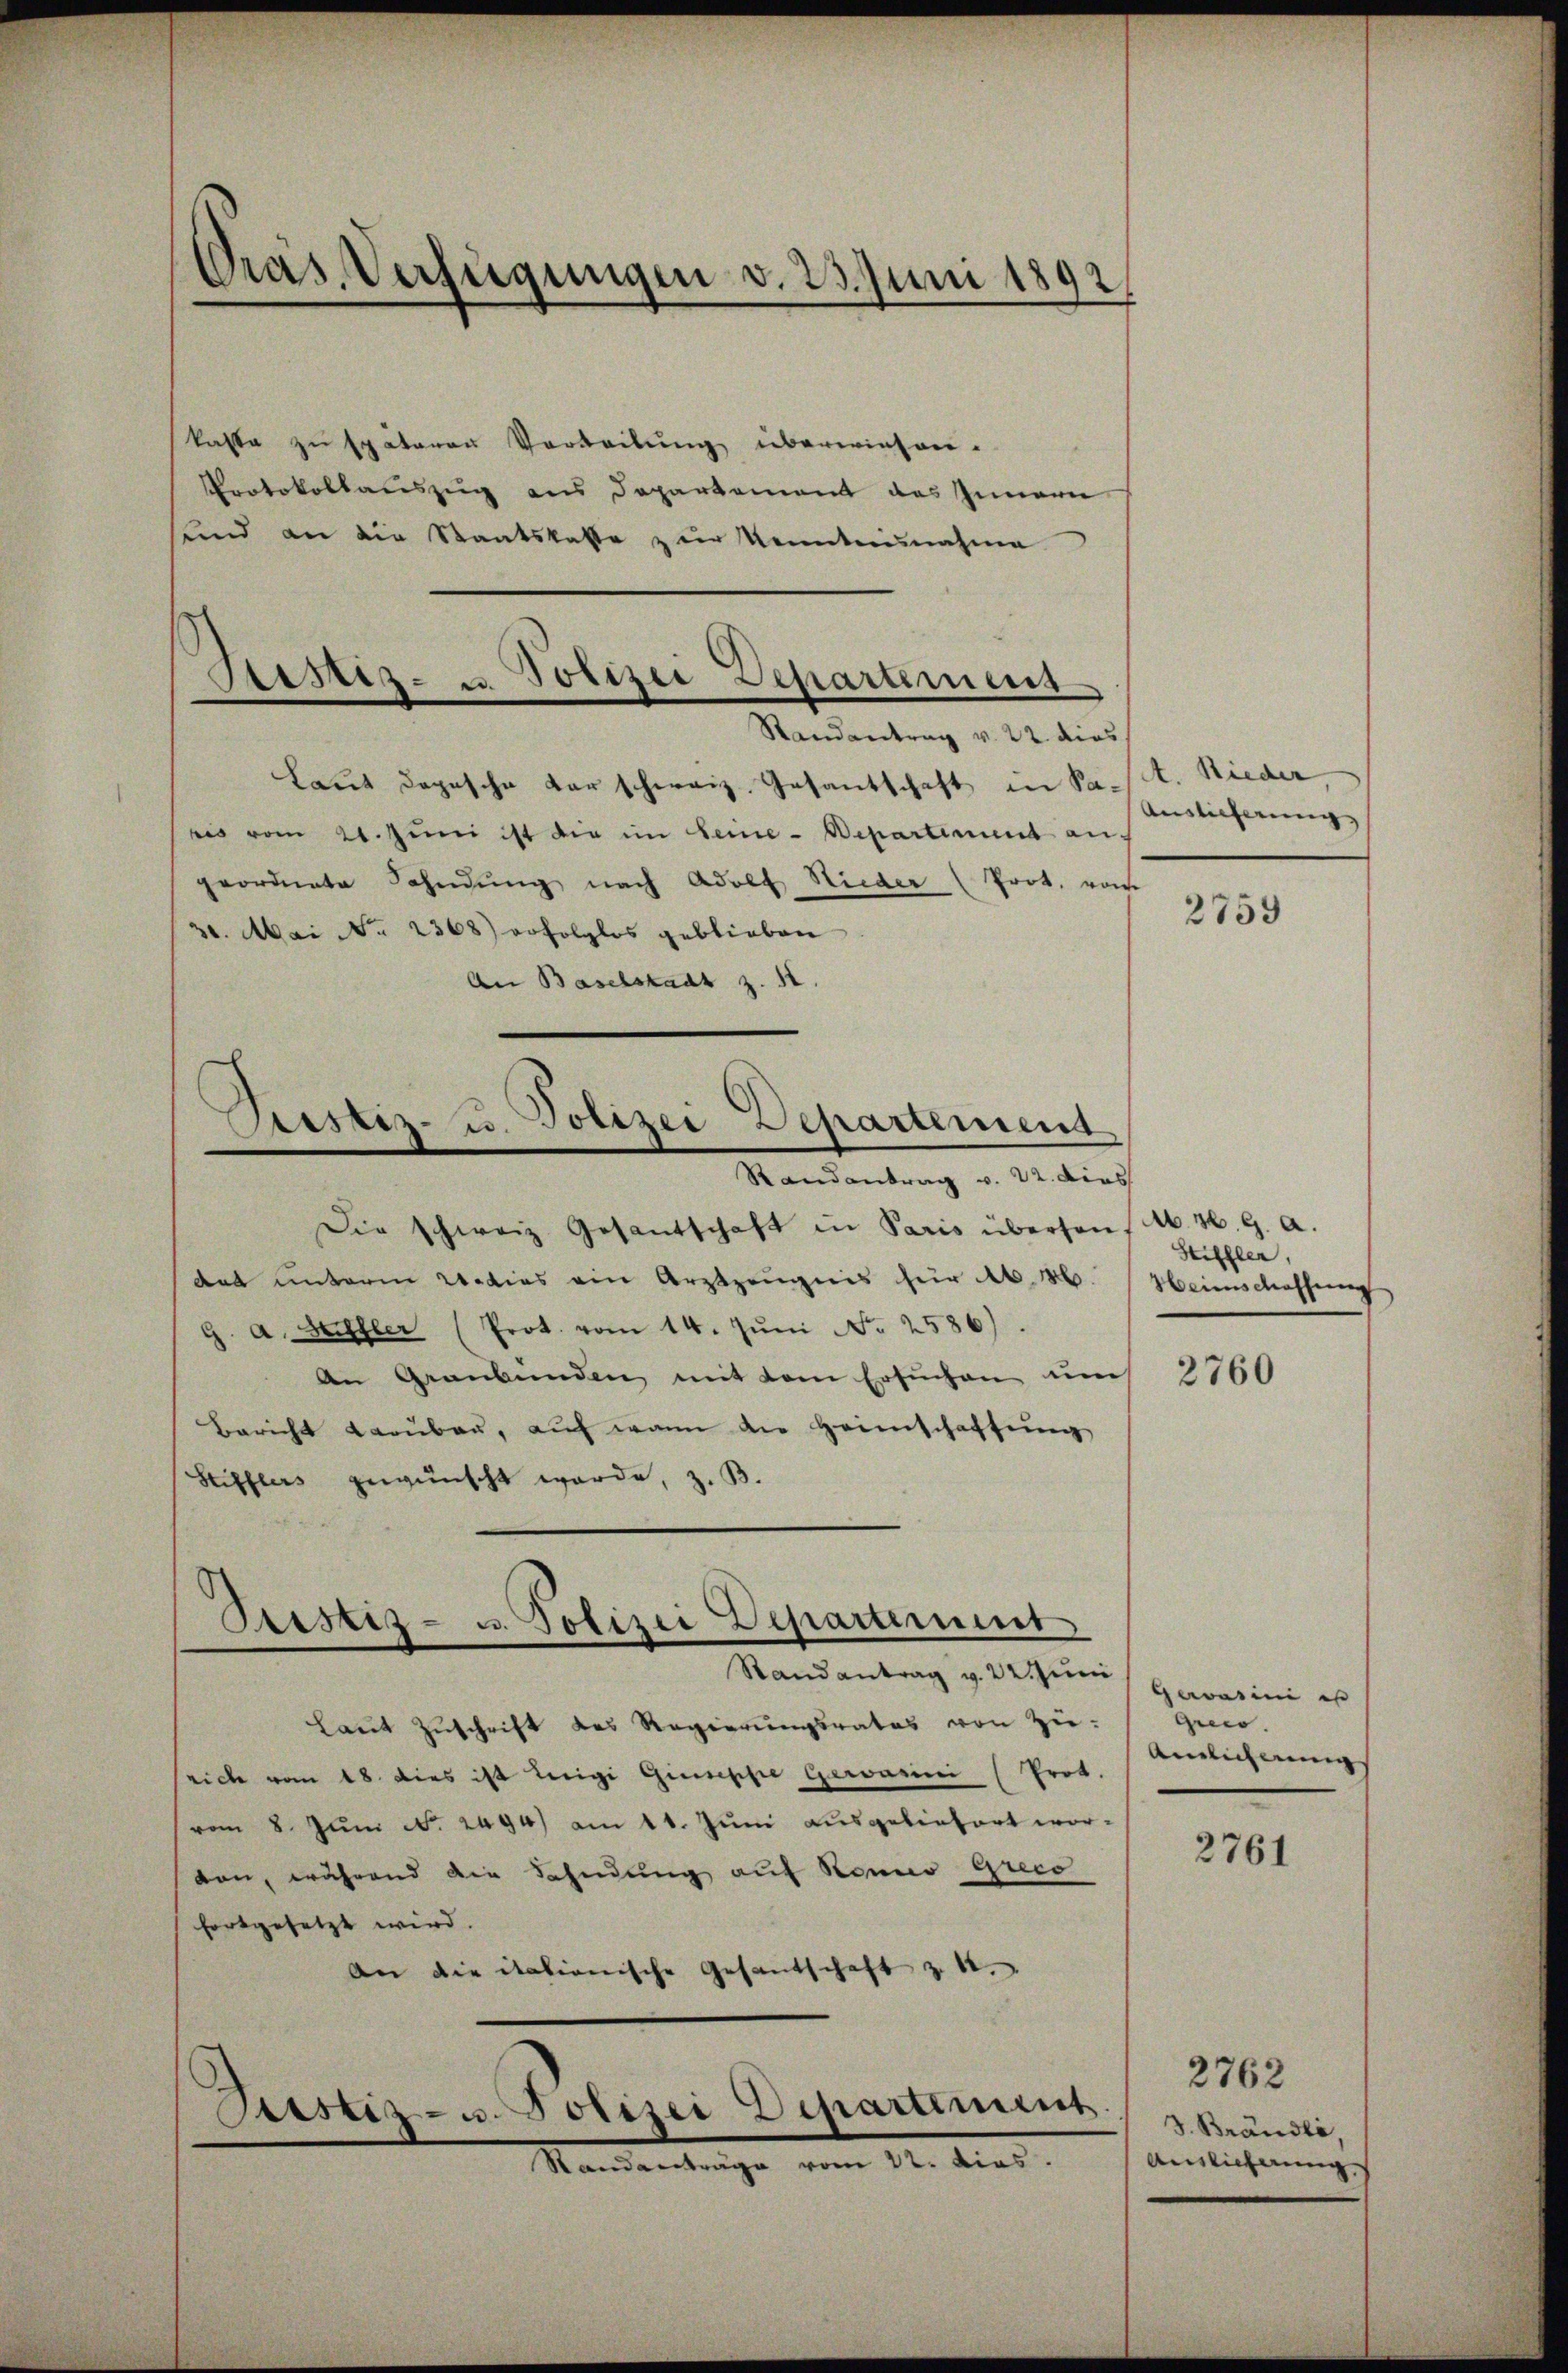
Präs. Verfügungen v. 23. Juni 1892

kaste zu späteren Vorbeitung überwiesen.
Protokollauszug aus Departement des Innern
sind an die Staatskalte zur Kenntnisnahme

Sistis- u. Polizei Departement

Justiz- u. Polizei Departement

Pristiz- u. Polizei Departement

Randantrag v. 22. dies
Laut dopesche darschweiz. Gesandschaft in Past. Nieder,
ris vom 21. Juni ist die im Seme-Departement auf
geordnete Fahndung nach Adolf Nieder (Prot. vom
30. Mai No 2368) erfolglos geblieben
An Baselstadt z. 12.
Randantrag v. 22. dies
Die schweiz. Gesantschaft in Paris überson, M. H. G. a.
dat unterm 2 dies ein Arztzeŭgnis für 40 M. Heimschaffnung
g. a. Herzler (Prot. vom 14. Jŭni No 2586).
An Graubünden mit dem Ersŭchen ŭm 3760
Bericht Braŭbaŭ, aŭf wann die Heimschaffung
Stifflers gewünscht werde, z. B.
Randantrag v. 22 Juni
Laŭt Zŭschrift des Regierungsrates von Zürich vom 18. dies ist Luigi Giuseppe Gerasini (Prot.
vom 8. Jŭni No. 2494) am 11. Jŭni ausgeliefert wor-
ten, während die Fahndung auf Ronno Greco
fortgesetzt wird.
An die itationische Gesandschaft zu 4.

Sistiz- u. Polizei Departement

Standeretrage vom 12. dies.

Auslicherung |

2759

Stiffler,

gewarii er
Greis.
Ainlicherung

2761

2762
3. Brändli,
Auslicherung